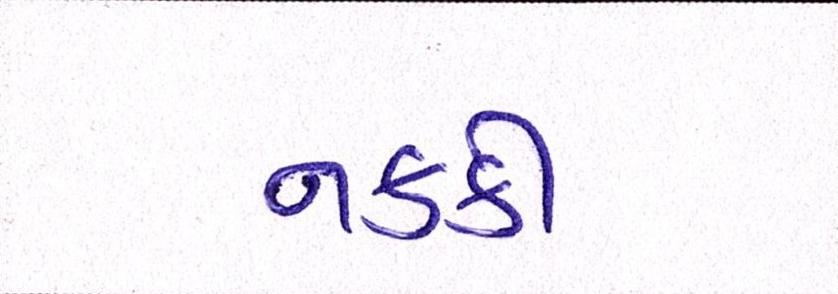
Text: નકકી